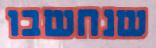
שנחשבו